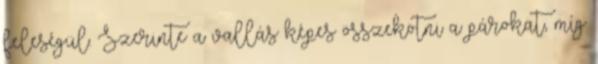
feleségül. Szerinte a vallás képes összekötni a párokat, míg